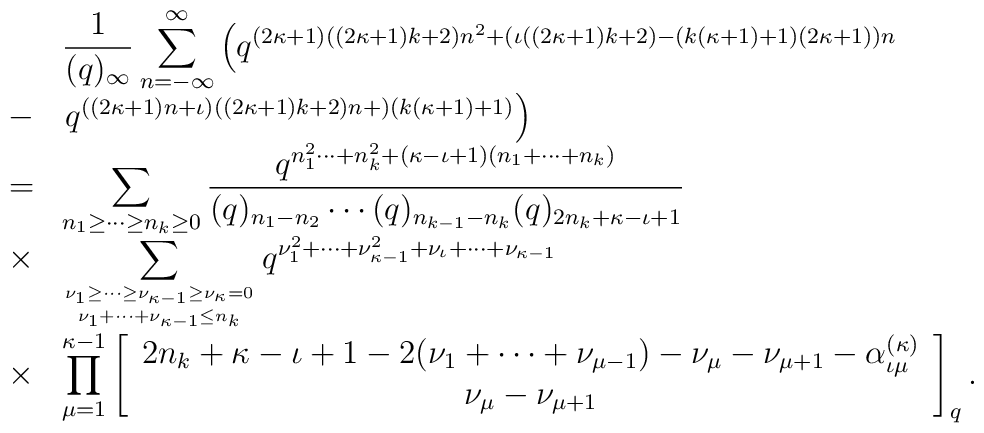
\begin{array}{cl}&\displaystyle\frac{1}{(q)_{\infty}}\sum_{n=-\infty}^{\infty}\left( q^{(2\kappa +1)((2\kappa +1)k+2)n^2 +          (\iota ((2\kappa +1)k+2)-(k(\kappa +1)+1)(2\kappa +1))n} \right. \\- & \left.q^{((2\kappa +1)n+\iota )((2\kappa +1)k+2)n+)(k(\kappa +1)+1)} \right) \\= &\displaystyle\sum_{n_1 \geq \cdots \geq n_{k}\geq 0}\frac{q^{n_1^2 \cdots + n_{k}^2 +(\kappa -\iota +1)(n_1 + \cdots + n_k )}} {(q)_{n_1 - n_2 }\cdots (q)_{n_{k-1}-n_{k}}  (q)_{2n_{k}+\kappa -\iota +1}} \\\times &\displaystyle\sum_{\nu_1 \geq \cdots \geq \nu_{\kappa -1} \geq \nu_{\kappa }=0 \atop      \nu_{1} + \cdots + \nu_{\kappa -1} \leq n_{k}}q^{\nu_1^2 + \cdots + \nu_{\kappa -1}^2+\nu_{\iota } + \cdots + \nu_{\kappa -1}} \\\times &\displaystyle\prod_{\mu =1}^{\kappa -1}\left[ \begin{array}{c}2n_{k}+\kappa -\iota +1-2(\nu_{1} + \cdots + \nu_{\mu -1})-\nu_{\mu } -\nu_{\mu +1}-\alpha^{(\kappa )}_{\iota \mu } \\\nu_{\mu } -\nu_{\mu +1}\end{array} \right]_q .\end{array}